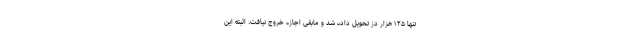
تنها ۱۲۵ هزار دُز تحویل داده شد و مابقی اجازه خروج نیافت‌. البته این